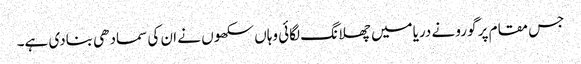
جس مقام پر گورو نے دریامیں چھلانگ لگائی وہاں سکھوں نے ان کی سمادھی بنادی ہے۔